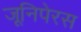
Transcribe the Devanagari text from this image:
जूनिपेरस